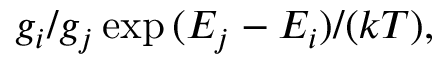
g _ { i } / g _ { j } \exp { ( E _ { j } - E _ { i } ) / ( k T ) } ,